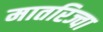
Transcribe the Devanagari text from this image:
मातरिज्वा